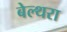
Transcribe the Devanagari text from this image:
बेल्‍थरा